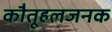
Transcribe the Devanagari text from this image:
कौतूहलजनक